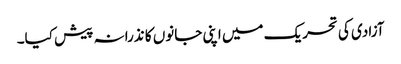
آزادی کی تحریک میں اپنی جانوں کا نذرانہ پیش کیا۔